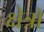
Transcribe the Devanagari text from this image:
क्षेत्रॉ